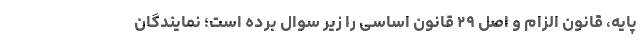
پایه، قانون الزام و اصل ۲۹ قانون اساسی را زیر سوال برده است؛ نمایندگان